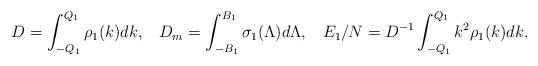
LaTeX: \begin{align*}D=\int_{-Q_1}^{Q_1}{\rho_1(k)dk},\;\;\;D_m=\int_{-B_1}^{B_1}{\sigma_1(\Lambda)d\Lambda},\;\;\;E_1/N=D^{-1}\int_{-Q_1}^{Q_1}{k^2\rho_1(k)dk}.\end{align*}